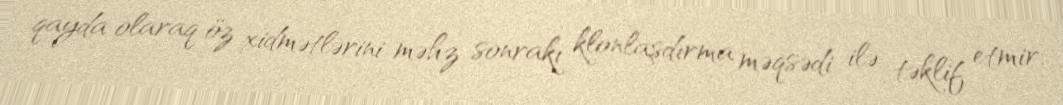
qayda olaraq öz xidmətlərini məhz sonrakı klonlaşdırma məqsədi ilə təklif etmir.